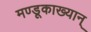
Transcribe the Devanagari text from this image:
मण्डूकाख्यान्